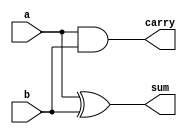
module halfaddstr(sum,carry,a,b); output sum,carry; 
input a,b; 
xor(sum,a,b); 
and(carry,a,b); 
endmodule